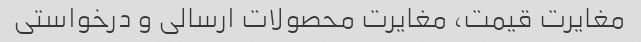
مغایرت قیمت، مغایرت محصولات ارسالی و درخواستی